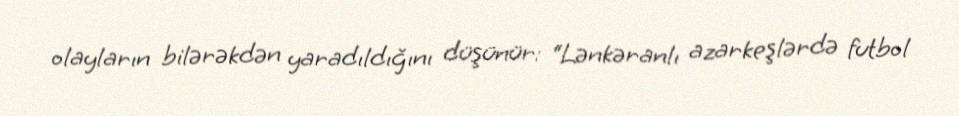
olayların bilərəkdən yaradıldığını düşünür: “Lənkəranlı azarkeşlərdə futbol